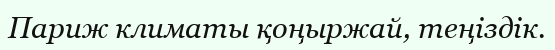
Париж климаты қоңыржай, теңіздік.